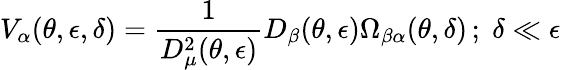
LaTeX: V_{\alpha}(\theta,\epsilon,\delta)=\frac{1}{D_{\mu}^{2}(\theta,\epsilon)}D_{\beta}(\theta,\epsilon)\Omega_{\beta\alpha}(\theta,\delta)\, ;\; \delta\ll\epsilon